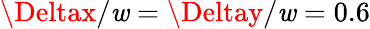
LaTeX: \Deltax/\mathit{w}=\Deltay/\mathit{w}=0.6